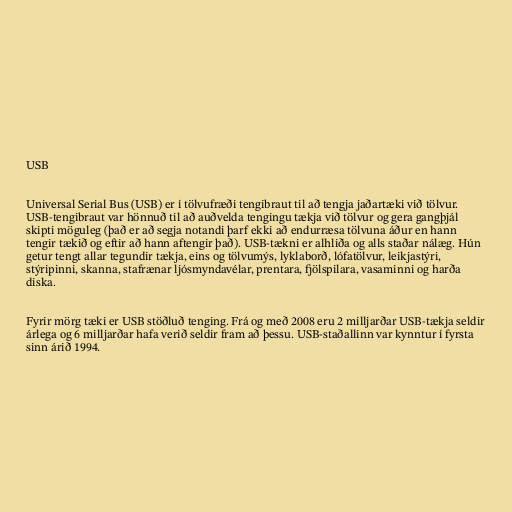
USB

Universal Serial Bus (USB) er í tölvufræði tengibraut til að tengja jaðartæki við tölvur.
USB-tengibraut var hönnuð til að auðvelda tengingu tækja við tölvur og gera gangþjál
skipti möguleg (það er að segja notandi þarf ekki að endurræsa tölvuna áður en hann
tengir tækið og eftir að hann aftengir það). USB-tækni er alhliða og alls staðar nálæg. Hún
getur tengt allar tegundir tækja, eins og tölvumýs, lyklaborð, lófatölvur, leikjastýri,
stýripinni, skanna, stafrænar ljósmyndavélar, prentara, fjölspilara, vasaminni og harða
diska.

Fyrir mörg tæki er USB stöðluð tenging. Frá og með 2008 eru 2 milljarðar USB-tækja seldir
árlega og 6 milljarðar hafa verið seldir fram að þessu. USB-staðallinn var kynntur í fyrsta
sinn árið 1994.